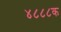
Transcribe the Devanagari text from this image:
४८८८क